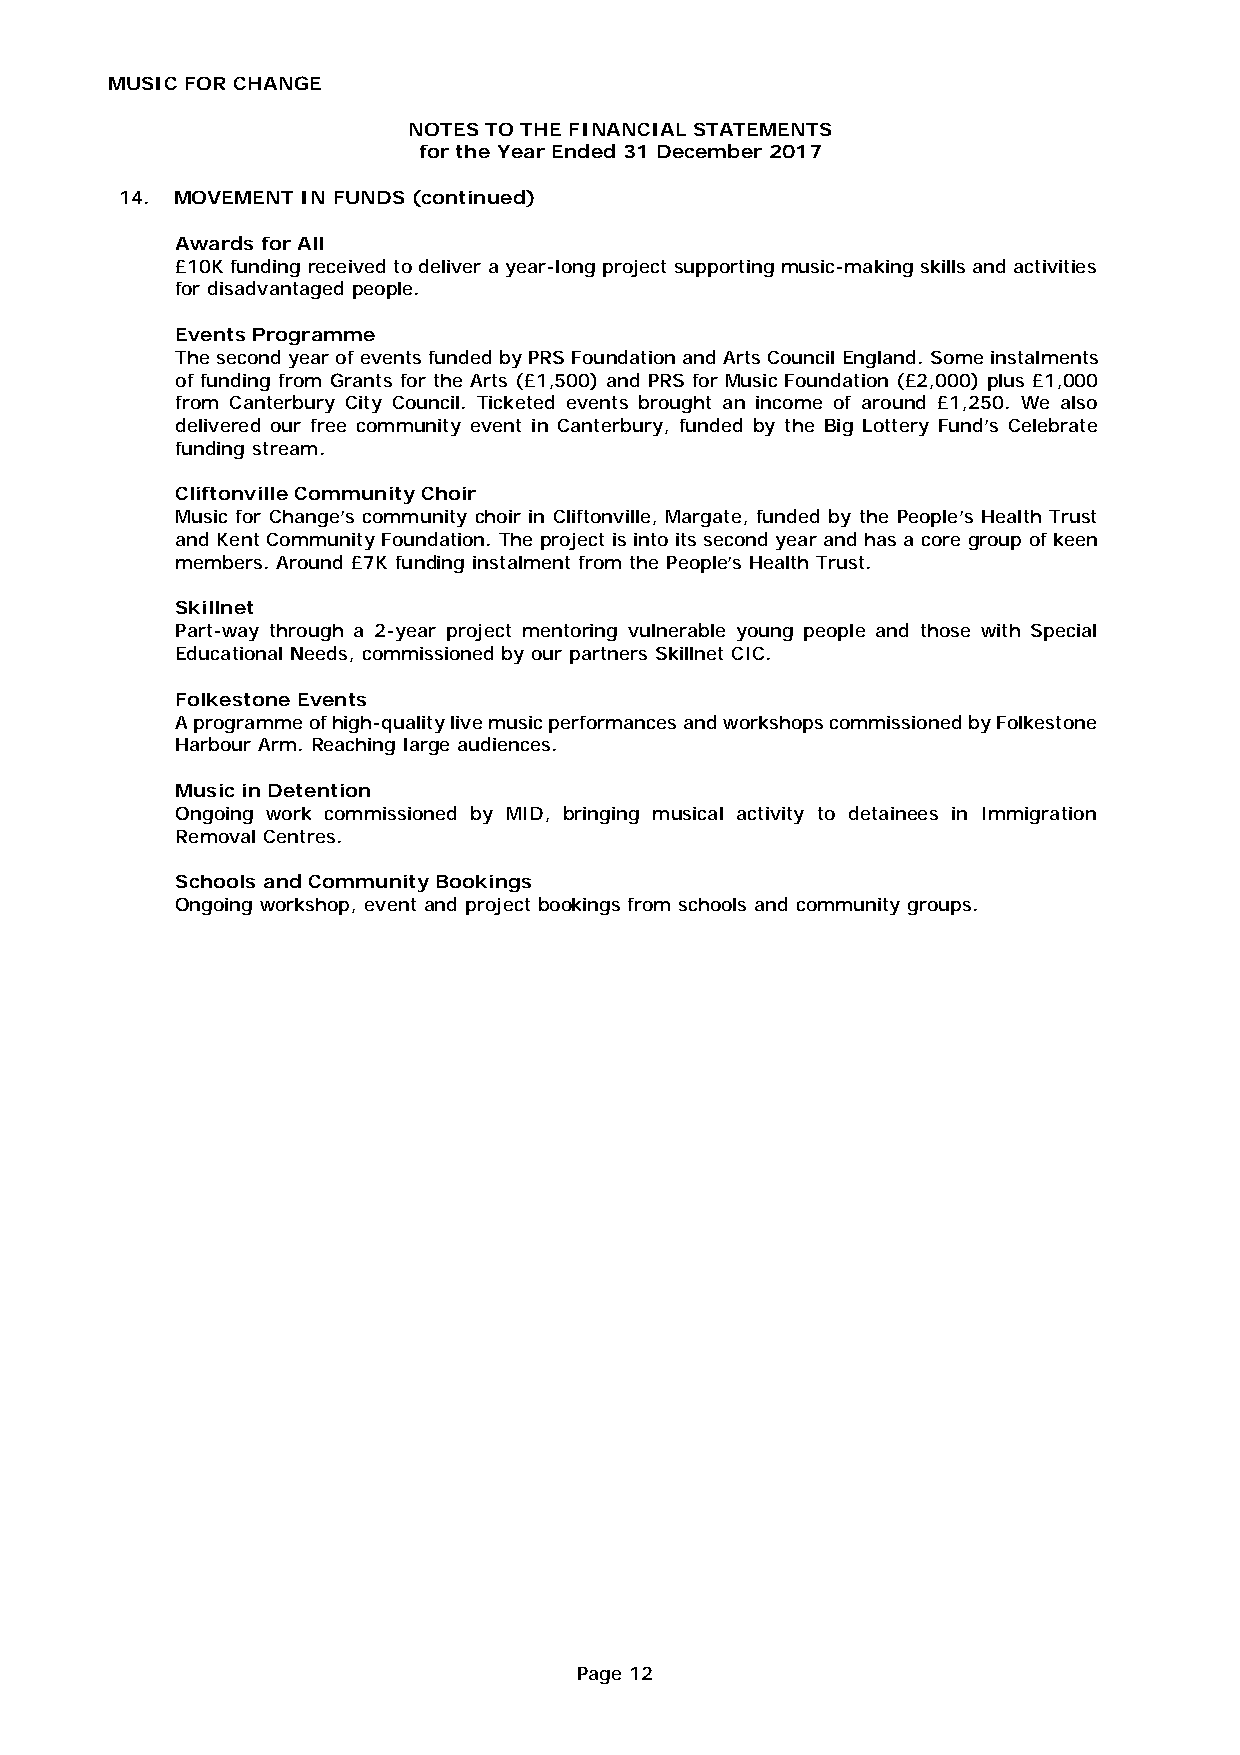
MUSIC FOR CHANGE
 NOTES TO THE FINANCIAL STATEMENTS
 for the Year Ended 31 December 2017
 14. MOVEMENT IN FUNDS (continued)
 Awards for All
 £10K funding received to deliver a year-long project supporting music-making skills and activities
 for disadvantaged people.
 Events Programme
 The second year of events funded by PRS Foundation and Arts Council England. Some instalments
 of funding from Grants for the Arts (£1,500) and PRS for Music Foundation (£2,000) plus £1,000
 from Canterbury City Council. Ticketed events brought an income of around £1,250. We also
 delivered our free community event in Canterbury, funded by the Big Lottery Fund’s Celebrate
 funding stream.
 Cliftonville Community Choir
 Music for Change’s community choir in Cliftonville, Margate, funded by the People’s Health Trust
 and Kent Community Foundation. The project is into its second year and has a core group of keen
 members. Around £7K funding instalment from the People’s Health Trust.
 Skillnet
 Part-way through a 2-year project mentoring vulnerable young people and those with Special
 Educational Needs, commissioned by our partners Skillnet CIC.
 Folkestone Events
 A programme of high-quality live music performances and workshops commissioned by Folkestone
 Harbour Arm. Reaching large audiences.
 Music in Detention
 Ongoing work commissioned by MID, bringing musical activity to detainees in Immigration
 Removal Centres.
 Schools and Community Bookings
 Ongoing workshop, event and project bookings from schools and community groups.
 Page 12